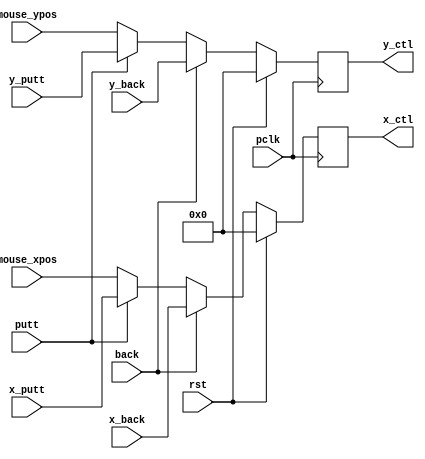
`timescale 1ns / 1ps
//////////////////////////////////////////////////////////////////////////////////
// Company: 
// Engineer: 
// 
// Design Name: 
// Module Name: mux_back_putt
// Project Name: 
// Target Devices: 
// Tool Versions: 
// Description: 
// 
// Dependencies: 
// 
// Revision:
// Revision 0.01 - File Created
// Additional Comments:
// 
//////////////////////////////////////////////////////////////////////////////////


module mux_back_putt(
    input wire          pclk,
    input wire          rst,
    input wire          back,
    input wire          putt,
    input wire [11:0]   mouse_xpos,
    input wire [11:0]   mouse_ypos,
    input wire [11:0]   x_back,
    input wire [11:0]   y_back,
    input wire [11:0]   x_putt,
    input wire [11:0]   y_putt,
    
    output reg [11:0]   x_ctl,
    output reg [11:0]   y_ctl
    );
    
    reg [11:0] x_ctl_nxt = 0, y_ctl_nxt = 0;
    
    always @(posedge pclk)
    begin
        if(rst)
        begin
            x_ctl <= 0;
            y_ctl <= 0;
        end
        else begin
            x_ctl <= x_ctl_nxt;
            y_ctl <= y_ctl_nxt;
        end
    end
    
    always @*
    begin
        if(back == 1) begin
            x_ctl_nxt = x_back;
            y_ctl_nxt = y_back;
        end
        else if(putt == 1)
        begin
            x_ctl_nxt = x_putt;
            y_ctl_nxt = y_putt;
        end
        else begin
            x_ctl_nxt = mouse_xpos;
            y_ctl_nxt = mouse_ypos; 
        end
    end
endmodule